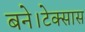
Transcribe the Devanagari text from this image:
बने।टेक्सास